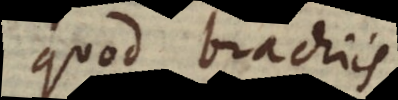
quod brachiis